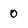
Character: 0